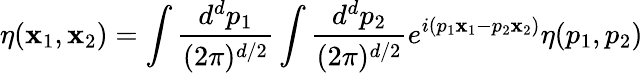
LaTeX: \eta(\mathbf{x}_{1},\mathbf{x}_{2})=\int{\frac{{d^{d}p_{1}}}{{(2\pi)^{d/2}}}}\int{\frac{{d^{d}p_{2}}}{{(2\pi)^{d/2}}}}e^{i(p_{1}\mathbf{x}_{1}-p_{2}\mathbf{x}_{2})}\eta(p_{1},p_{2})